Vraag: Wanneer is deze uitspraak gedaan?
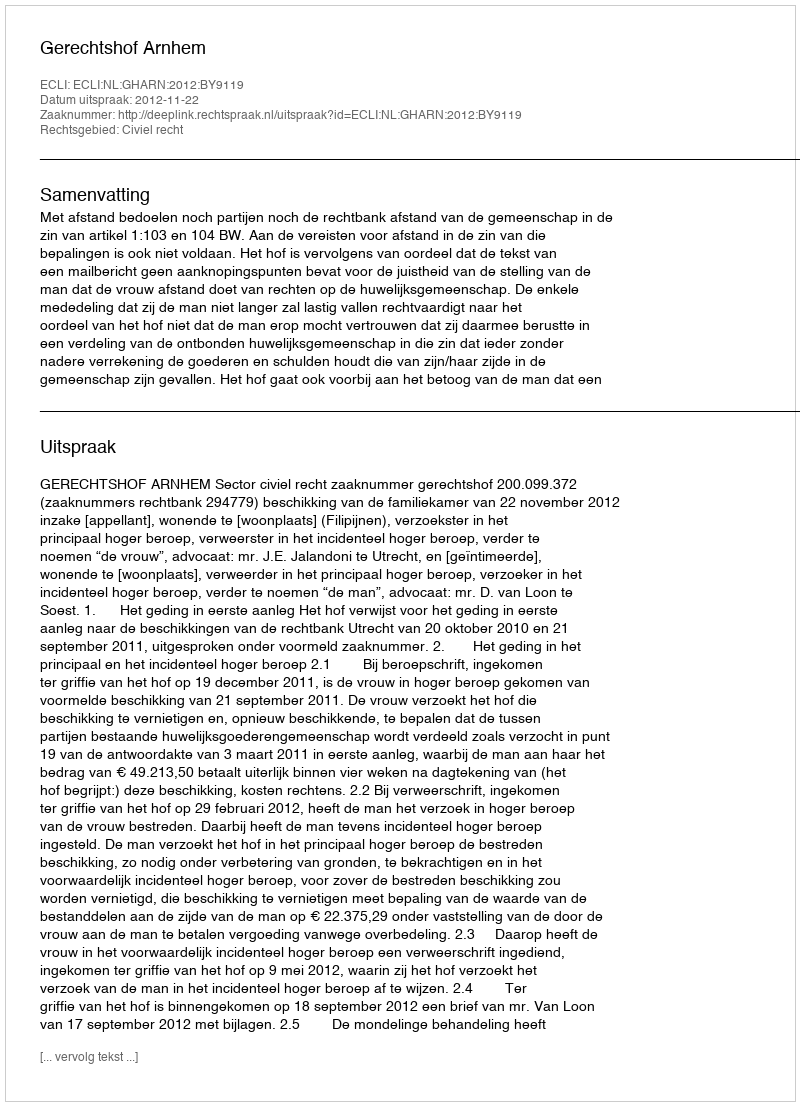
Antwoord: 2012-11-22